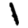
Digit: 1